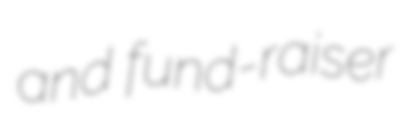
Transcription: and fund-raiser